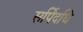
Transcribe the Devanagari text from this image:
सर्पिदधि